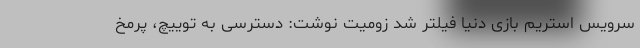
سرویس استریم بازی دنیا فیلتر شد زومیت نوشت: دسترسی به توییچ، پرمخ